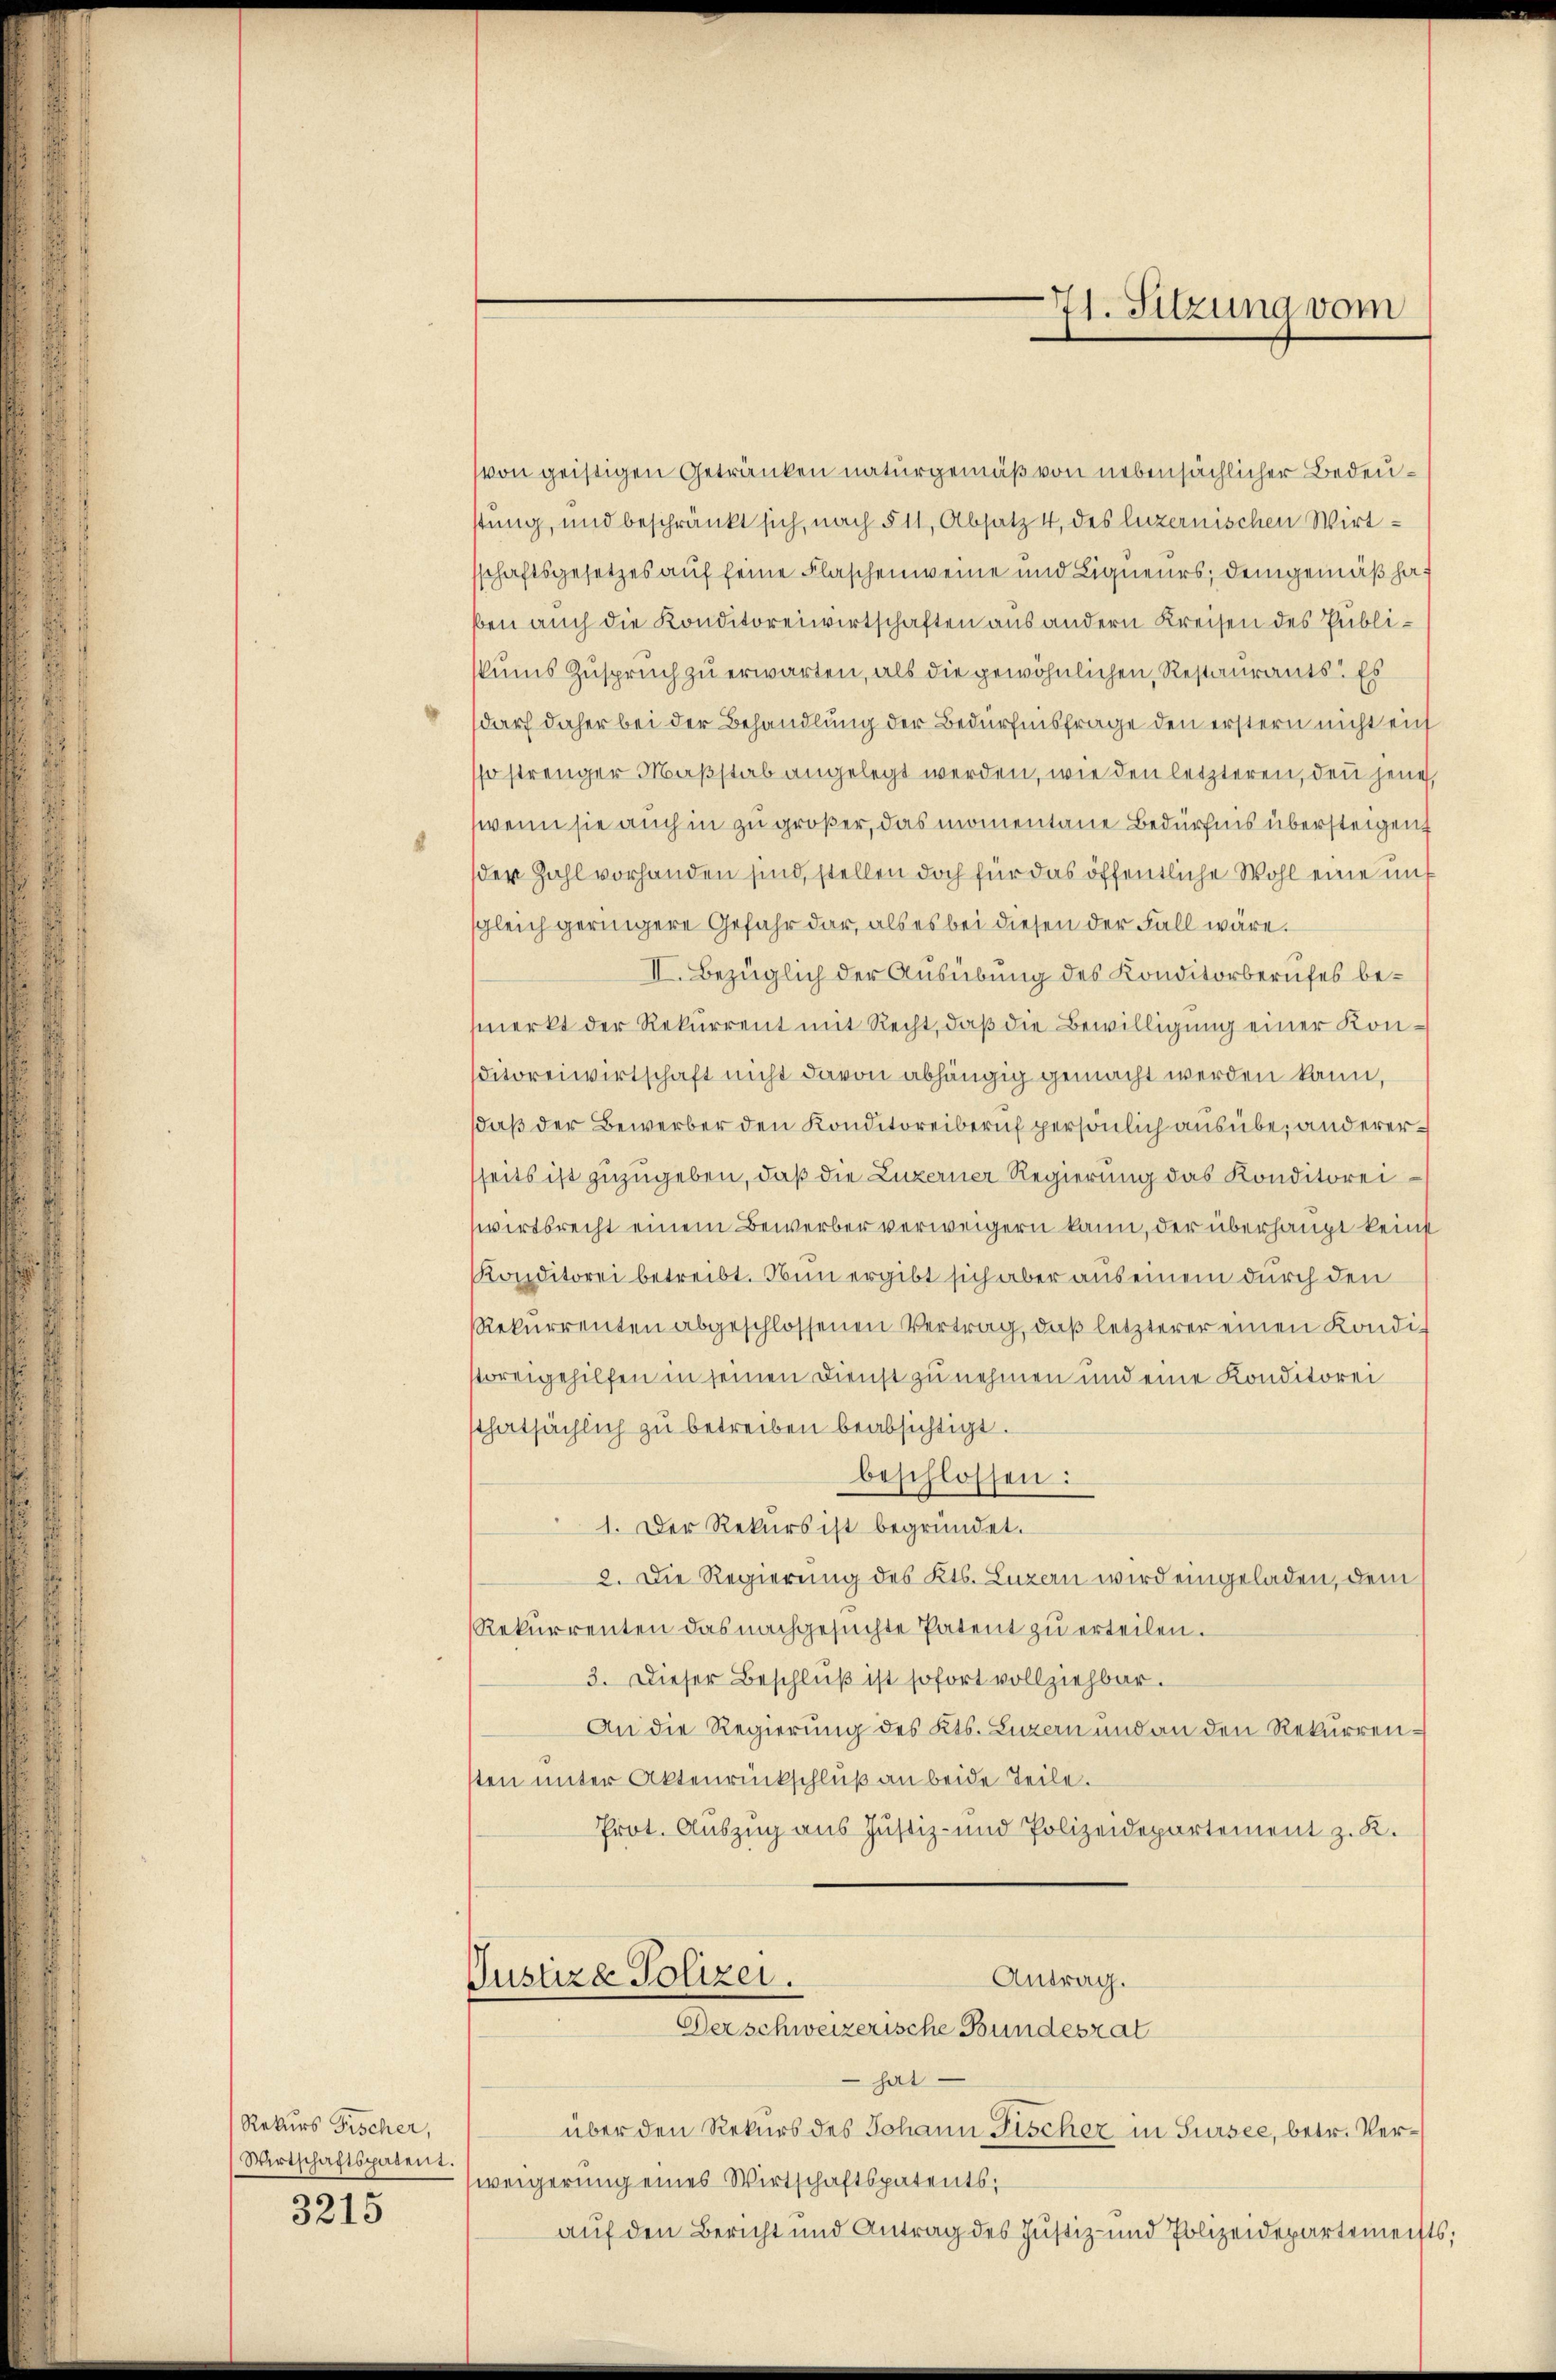
Rekurs Fischer,
Wirtschaftspatent.
3215

von geistigen Getränken naturgemäß von nebensächlicher Bedeustung, und beschränkt sich, nach § 11, Absatz 4, des luzernischen Wirt-
sschaftsgesetzes auf seine Flaschenweine und Liquieurs; demgemäß hat
ben auch die Konditoreiwirtschaften aus andern Kreisen des Publiskums Zuspruch zu erwarten, als die gewöhnlichen Restaurants. Es
(darf daher bei der Behandlung der Bedürfnisfrage den erstern nicht eich
so strenger Maßstab angelegt werden, wie den letzteren, den jene,
wenn sie auch in zu größer, das momentane Bedürfnis übersteigen
der Zahl vorhanden sind, stellen doch für das öffentliche Wohl eine unf
gleich geringere Gefahr dar, als es bei diesen der Fall wäre.
II. Bezüglich der Ausübung des Konditorberufes bemerkt der Rekurrent mit Recht, daß die Bewilligung einer Konditoreiwirtschaft nicht davon abhängig gemacht werden kann,
daß der Bewerber den Konditoreiberuf persönlich ausübe, anderersseits ist zuzugeben, daß die Luzerner Regierung das Konditoreiwirtsrecht einem Bewerber verweigern kann, der überhaupt kein
KKonditorei betreibt. Nun ergibt sich aber aus einem durch den
Rekurrenten abgeschlossenen Vertrag, daß letzterer einen Kondit
storeigehilfen in seinen Dienst zu nehmen und eine Konditorei
thatsächlich zu betreiben beabsichtigt.
beschlossen:
1. Der Rekurs ist begründet.
2. Die Regierung des Kts. Luzern wird eingeladen, dem
Rekurrenten das nachgesuchte Patent zu erteilen.
3. Dieser Beschluß ist sofort vollziehbar.
An die Regierung des Kts. Luzern und an den Rekurrenten unter Aktenrückschluß an beide Teile.
Prot. Auszug aus Justiz- und Polizeidepartement z. K.
Antrag.
Justiza Polizei.
Derschweizerische Bundesrat
hat
über den Rekurs des Johann Fischer in Sursee, betr. Verweigerung eines Wirtschaftspatents,
auf den Bericht und Antrag des Justiz- und Polizeidepartements;

71. Sitzung vom